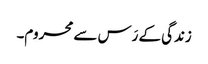
زندگی کے رَس سے محروم۔